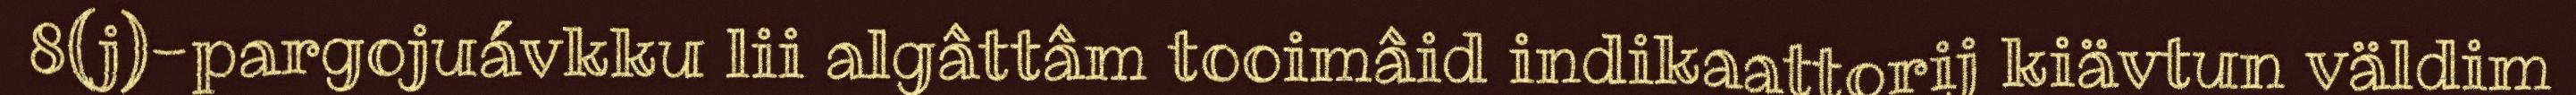
8(j)-pargojuávkku lii algâttâm tooimâid indikaattorij kiävtun väldim